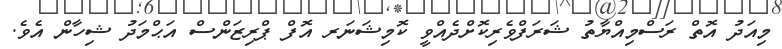
މިއަދު އޮތް ރަސްމިއްޔާތު ޝަރަފްވެރިކޮށްދެއްވީ ކޮމިޝަނަރ އޮފް ޕްރިޒަންސް އަޙްމަދު ޝިހާން އެވެ.